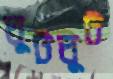
ঘুটঘুট